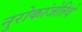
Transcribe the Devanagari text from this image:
नुरोकांजेतिवे